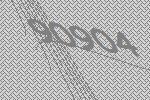
90904